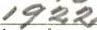
1922